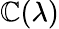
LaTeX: \mathbb{C}(\lambda)